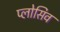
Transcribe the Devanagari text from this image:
प्लोसिव